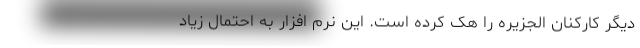
دیگر کارکنان الجزیره را هک کرده است. این نرم افزار به احتمال زیاد